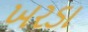
ખરડા